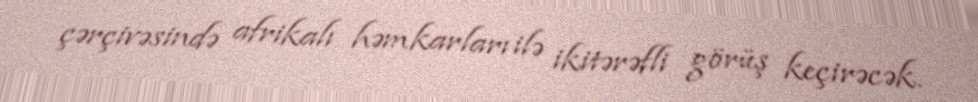
çərçivəsində afrikalı həmkarları ilə ikitərəfli görüş keçirəcək.